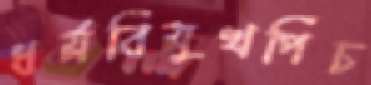
ধর্মবিমুখপিঁচ